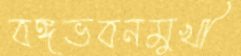
বঙ্গভবনমুখী